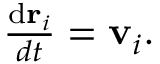
\begin{array} { r } { \frac { \mathrm { d } \mathbf { r } _ { i } } { d t } = \mathbf { v } _ { i } . } \end{array}